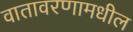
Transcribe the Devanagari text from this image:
वातावरणामधील